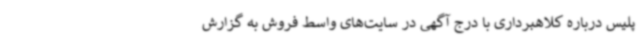
پلیس درباره کلاهبرداری با درج آگهی در سایت‌های واسط فروش به گزارش